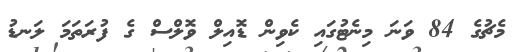
މެޗުގެ 84 ވަނަ މިނެޓުގައި ކެވިން ޑޮއިލް ވޮލްސް ގެ ފުރަތަމަ ލަނޑު